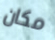
مكان